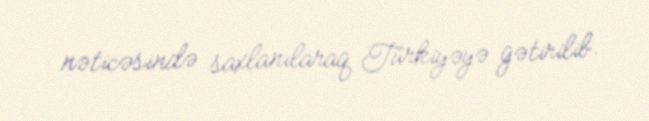
nəticəsində saxlanılaraq Türkiyəyə gətirilib.